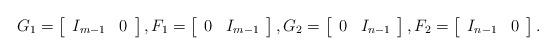
LaTeX: \begin{align*}G_1 = \left[\begin{array}{cc}I_{m-1} & 0\end{array}\right], F_1 = \left[\begin{array}{cc}0 & I_{m-1}\end{array}\right], G_2 = \left[\begin{array}{cc}0 & I_{n-1}\end{array}\right], F_2 = \left[\begin{array}{cc}I_{n-1} & 0\end{array}\right].\end{align*}